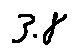
3 . 8